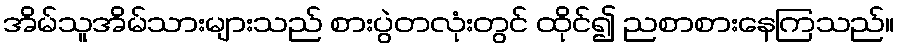
အိမ်သူအိမ်သားများသည် စားပွဲတလုံးတွင် ထိုင်၍ ညစာစားနေကြသည်။